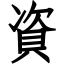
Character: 資